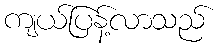
ကျယ်ပြန့်လာသည်